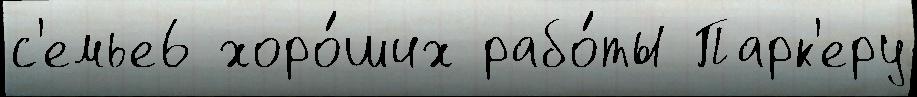
с'емье6 хоро́ших рабо́ты Парк'еру